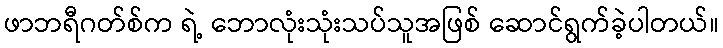
ဖာဘရီဂတ်စ်က ရဲ့ ဘောလုံးသုံးသပ်သူအဖြစ် ဆောင်ရွက်ခဲ့ပါတယ်။